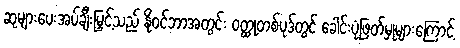
ဆုများပေးအပ်ချီးမြှင့်သည် နိုဝင်ဘာအတွင်း ဝတ္ထုတစ်ပုဒ်တွင် ခေါင်းပုံဖြတ်မှုများကြောင့်